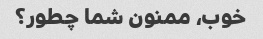
خوب، ممنون شما چطور؟